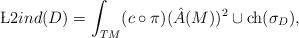
LaTeX: \begin{align*}\L2ind(D) = \int_{TM} (c\circ\pi)(\hat{A}(M))^2\cup\textnormal{ch}(\sigma_D),\end{align*}